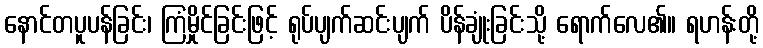
နောင်တပူပန်ခြင်း၊ ကြံမှိုင်ခြင်းဖြင့် ရုပ်ပျက်ဆင်းပျက် ပိန်ချုံးခြင်းသို့ ရောက်လေ၏။ ရဟန်းတို့